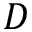
D